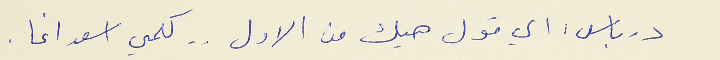
درباس : اي قول هيك من الاول . . كلمي اسعد اغا .